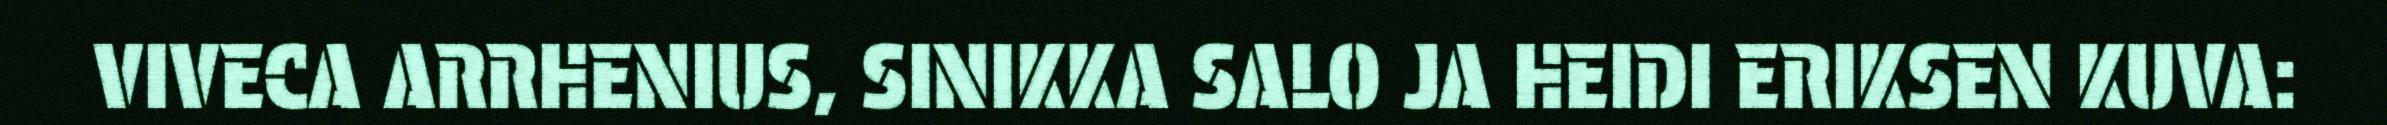
VIVECA ARRHENIUS, SINIKKA SALO JA HEIDI ERIKSEN KUVA: